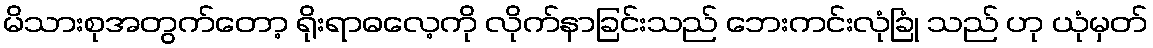
မိသားစုအတွက်တော့ ရိုးရာဓလေ့ကို လိုက်နာခြင်းသည် ဘေးကင်းလုံခြုံ သည် ဟု ယုံမှတ်